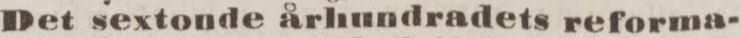
Det sextonde århundradets reforma-